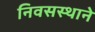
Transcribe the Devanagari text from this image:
निवसस्थाने